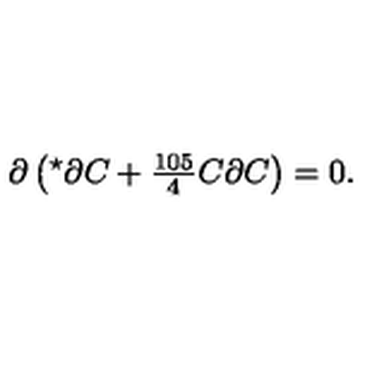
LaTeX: \partial \left( { } ^ { \star } \partial C + { \textstyle \frac { 1 0 5 } { 4 } } C \partial C \right) = 0 .